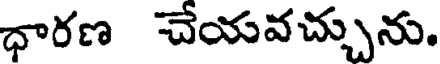
ధారణ చేయవచ్చును.